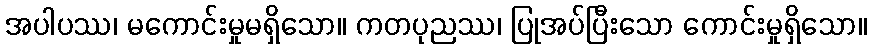
အပါပဿ၊ မကောင်းမှုမရှိသော။ ကတပုညဿ၊ ပြုအပ်ပြီးသော ကောင်းမှုရှိသော။